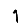
Digit: 1